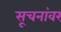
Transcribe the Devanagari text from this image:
सूचनांवर